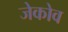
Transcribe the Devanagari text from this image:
जेकोव